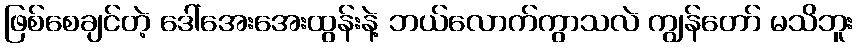
ဖြစ်စေချင်တဲ့ ဒေါ်အေးအေးထွန်းနဲ့ ဘယ်လောက်ကွာသလဲ ကျွန်တော် မသိဘူး